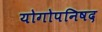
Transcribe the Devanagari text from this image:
योगोपनिषद